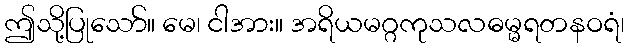
ဤသို့ပြုသော်။ မေ၊ ငါအား။ အရိယမဂ္ဂကုသလဓမ္မရတနဝရံ၊